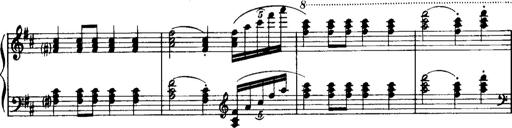
Title: Historische ungarische Bildnisse
Composer: Franz Liszt